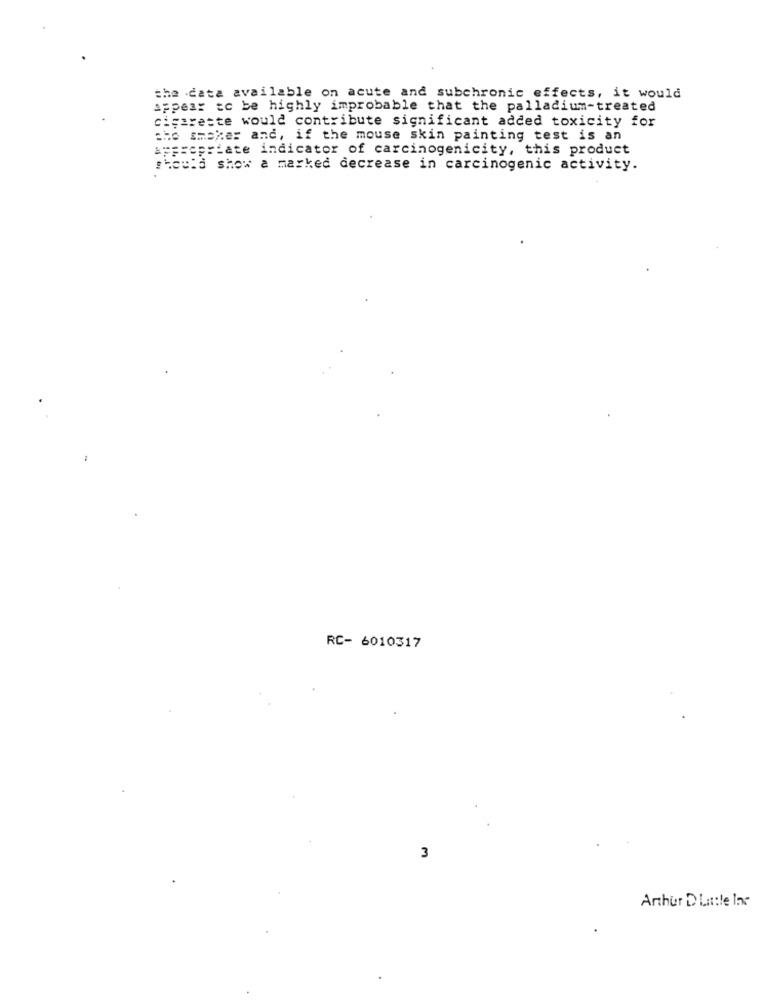
the data available on acute and subchronic effects, it would
appear to be highly improbable that the palladium-treated
cigarette would contribute significant added toxicity for
the smoker and, if the mouse skin painting test is an
Propriate indicator of carcinogenicity, this product
should show a marked decrease in carcinogenic activity.
RC- 6010317
3
Arthur D Little Inc